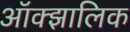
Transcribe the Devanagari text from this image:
ऑक्झालिक